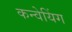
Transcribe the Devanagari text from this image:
कन्वेयिंग